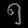
Digit: ၅